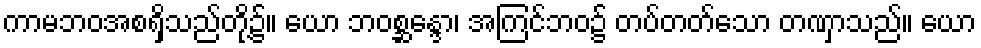
ကာမဘဝအစရှိသည်တို့၌။ ယော ဘဝစ္ဆန္ဒော၊ အကြင်ဘဝ၌ တပ်တတ်သော တဏှာသည်။ ယော